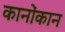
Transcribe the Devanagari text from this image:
कानोंकान